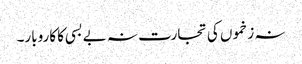
نہ زخموں کی تجارت نہ بے بسی کا کاروبار۔